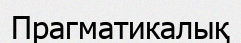
Прагматикалық